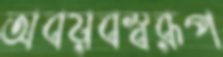
অবয়বস্বরূপ